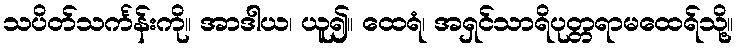
သပိတ်သင်္ကန်းကို။ အာဒါယ၊ ယူ၍။ ထေရံ၊ အရှင်သာရိပုတ္တရာမထေရ်သို့။